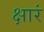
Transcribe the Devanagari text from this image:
क्षारं